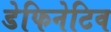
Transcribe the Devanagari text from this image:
डेफिनेटिव